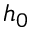
h _ { 0 }